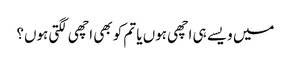
میں ویسے ہی اچھی ہوں یا تم کو بھی اچھی لگتی ہوں؟